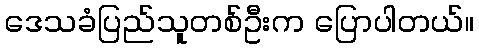
ဒေသခံပြည်သူတစ်ဦးက ပြောပါတယ်။